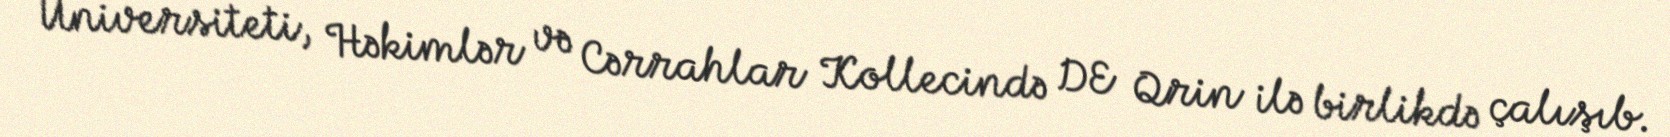
Universiteti, Həkimlər və Cərrahlar Kollecində DE Qrin ilə birlikdə çalışıb.